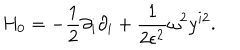
H _ { 0 } = - \frac { 1 } { 2 } \partial _ { i } \partial _ { i } + \frac { 1 } { 2 \epsilon ^ { 2 } } \omega ^ { 2 } y ^ { i 2 } .